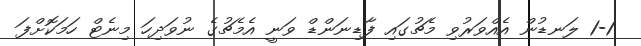
1-1 ލަނޑުން އެއްވަރުވި މެޗުގައި ފާޑިނަންޑް ވަނީ އެމެޗުގެ ނުވަދިހަ މިނެޓް ހަމަކޮށްފަ